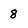
Character: 8